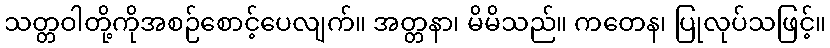
သတ္တဝါတို့ကိုအစဉ်စောင့်ပေလျက်။ အတ္တနာ၊ မိမိသည်။ ကတေန၊ ပြုလုပ်သဖြင့်။